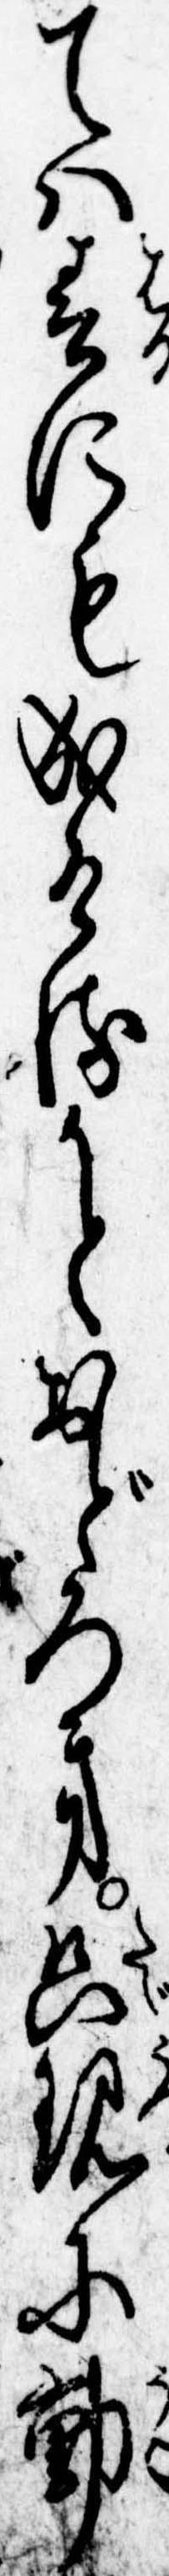
ては春にも成けるかとおどろき只現に動